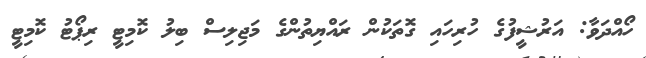
ހޯއްދަވާ: އަރުޝީފުގެ ހުރިހައި ގޮތަކުން ރައްޔިތުންގެ މަޖިލިސް ބިލު ކޮމިޓީ ރިޕޯޓު ކޮމިޓީ